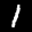
Label: 1